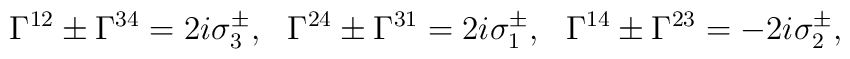
\Gamma^{12}\pm \Gamma^{34}=2i\sigma_3^{\pm},\,\,\,\,\Gamma^{24}\pm \Gamma^{31}=2i\sigma_1^{\pm},\,\,\,\,\Gamma^{14}\pm\Gamma^{23}=-2i\sigma_2^{\pm},